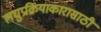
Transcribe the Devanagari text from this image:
लघुप्रक्रियाकारासाठी